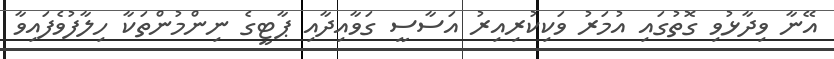
އޭނާ ވިދާޅުވި ގޮތުގައި އުމަރު ވަކިކުރިއިރު އަސާސީ ގަވާއިދާއި ޕާޓީގެ ނިންމުންތަކާ ހިލާފުވެފައިވާ